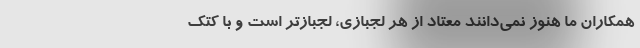
همکاران ما هنوز نمی‌دانند معتاد از هر لجبازی، لجبازتر است و با کتک